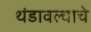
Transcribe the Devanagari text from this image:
थंडावल्याचे